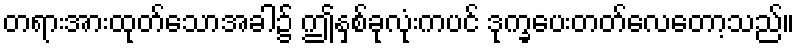
တရားအားထုတ်သောအခါ၌ ဤနှစ်ခုလုံးကပင် ဒုက္ခပေးတတ်လေတော့သည်။